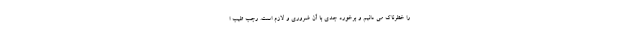
را خطرناک می دانیم و برخورد جدی با آن ضروری و لازم است. رجب طیب ا